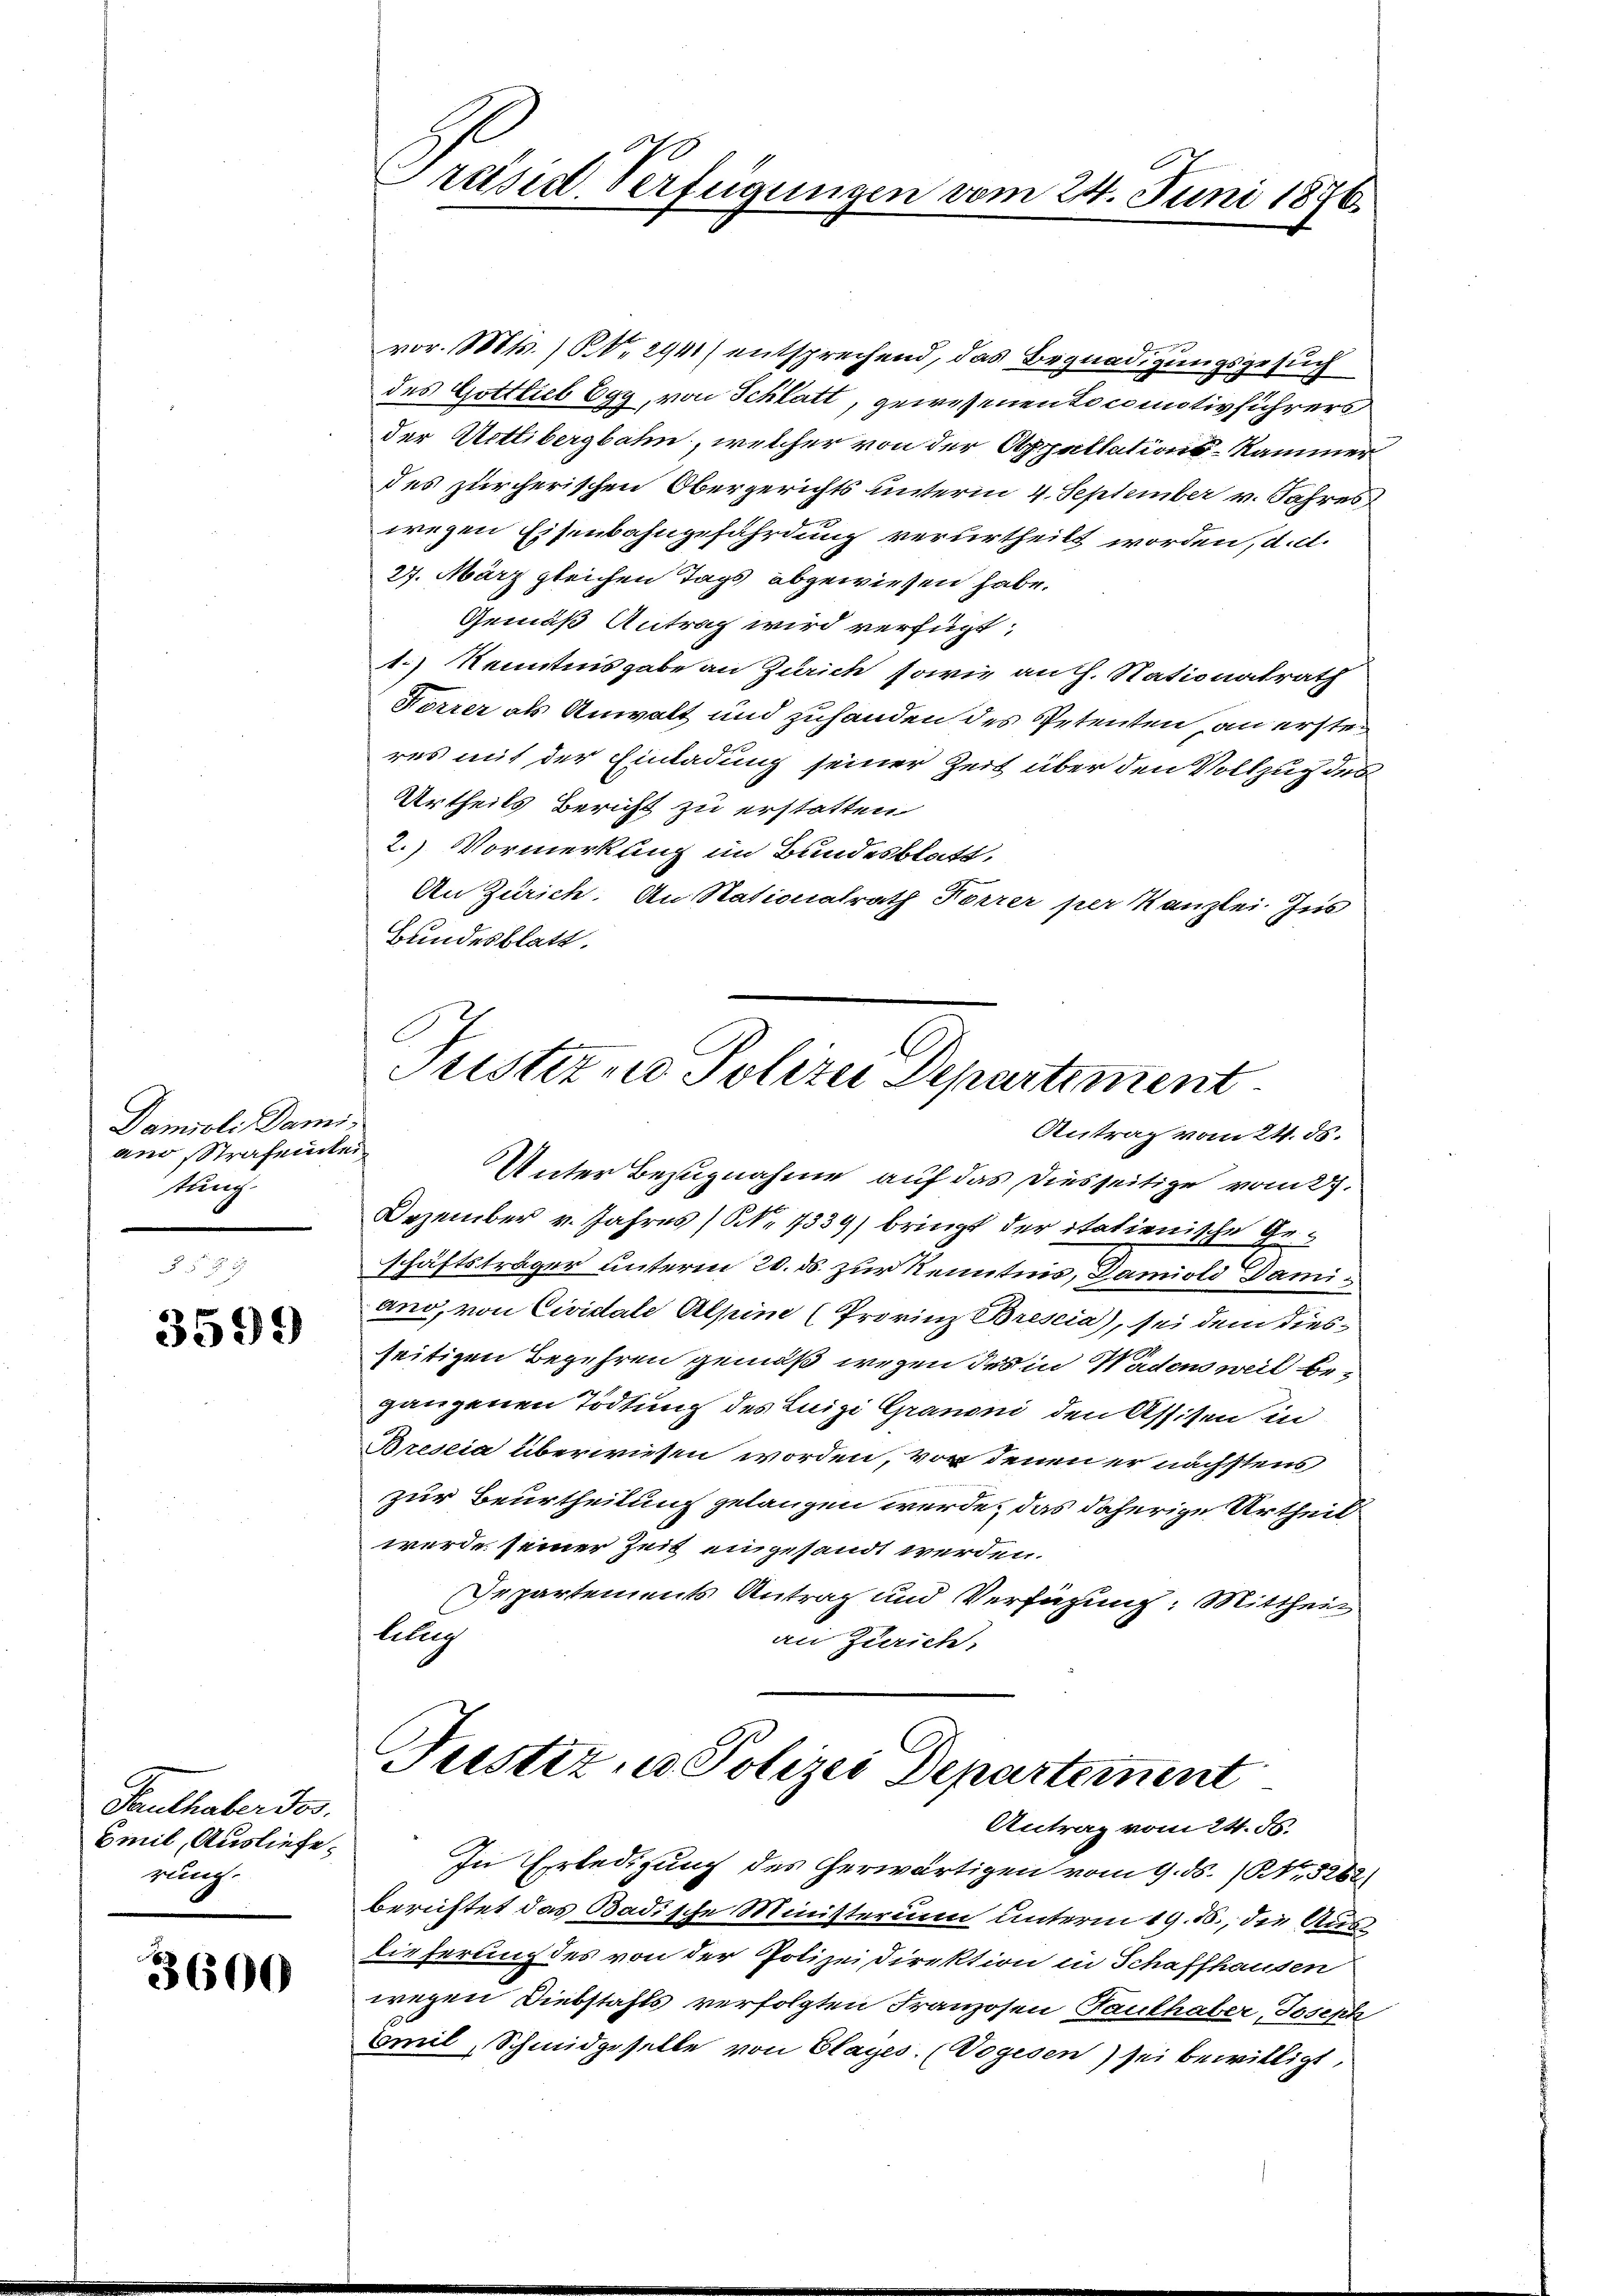
Damioli Dami
ano strafenhei
tung
.

3599

Pauthaber Jos.
Emil, Ausliefe.
rung.

3600

Präsid. Verfügungen vom 24. Juni 1876.

e
vor. Mts. ) NNo. 2941) entsprechend, das Begnadigungsgesuch
des Gottlieb Egy, von Schlatt, gewesenen Locomotivführers
der Aetlibergbahn, welcher von der Appellations-Kammer
des zürcherischen Obergerichts unterm 4. September v. Jahres
wegen Eisenbahngefährdung verurtheilt worden, d. d.
27. März gleichen Tags abgewiesen habe.
Gemäß Antrag wird verfügt:
1.) Kenntnisgabe an Zürich, sowie auch. Nationalrath
Forrer als Anwalt und zuhanden des Petenten, an ersten
res mit der Einladung seiner Zeit über den Vollzug des
Urtheils Bericht zu erstatten
2.) Vormerkung im Bundesblatt,
An Zürich. An Stationalrath Forrer per Kanzlei Ins
Bundesblatt.
Fristerne Polizei Departiment
Antrag vom 24. ds.
Unter Bezugnahme auf das diesseitige vom 27.
Dezember v. Jahres (N. 1339) bringt der italienische
zu
schäftsträger unterm 20. ds. zur Kenntnis, Damiold Damiano, von Cividale Alpin (Provinz Brescia), sei dem diesseitigen Begehren gemäß wegen des in Wadens weil begangenen Tödtung des Luigi Granoni den Assisen in
Brescia überwiesen worden, vor denen er nächstens
zur Beurtheilung gelangen würde, das daherige Urtheil
werde seiner Zeit eingesandt werden.
Departements Antrag und Verfügung: Mittheil
lellig
an Zürich,

Justiz - Polizei Departement
Antrag vom 24. 56.

In Erledigung des herwärtigen vom 9. ds. (NNo. 5262)
berichtet das Badische Ministerium unterm 19. 16., die Auslieferung des von der Polizeidirektion in Schaffhausen
wegen Diebstahls verfolgten Franzosen Tauthaber, Joseph
Omil, Schmidgeselle von Glayes. (Vogesen) sei bewilligt,